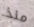
منذ